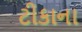
ટીકાના